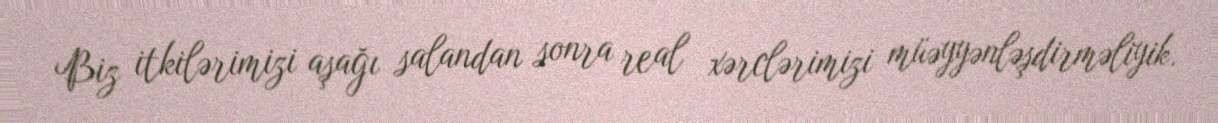
Biz itkilərimizi aşağı salandan sonra real xərclərimizi müəyyənləşdirməliyik.